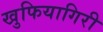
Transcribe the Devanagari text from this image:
खुफियागिरी